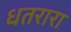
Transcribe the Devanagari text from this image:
धतरारा